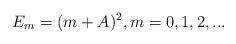
\begin{align*}E_m=(m+A)^2, m=0,1,2,...\end{align*}